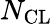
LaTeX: N_{\mathrm{CL}}